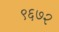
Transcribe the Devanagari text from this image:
९६७२